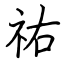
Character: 祐